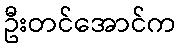
ဦးတင်အောင်က